EELK_Tartu_Peetri_kogudus_(kirikutahed), lk 155
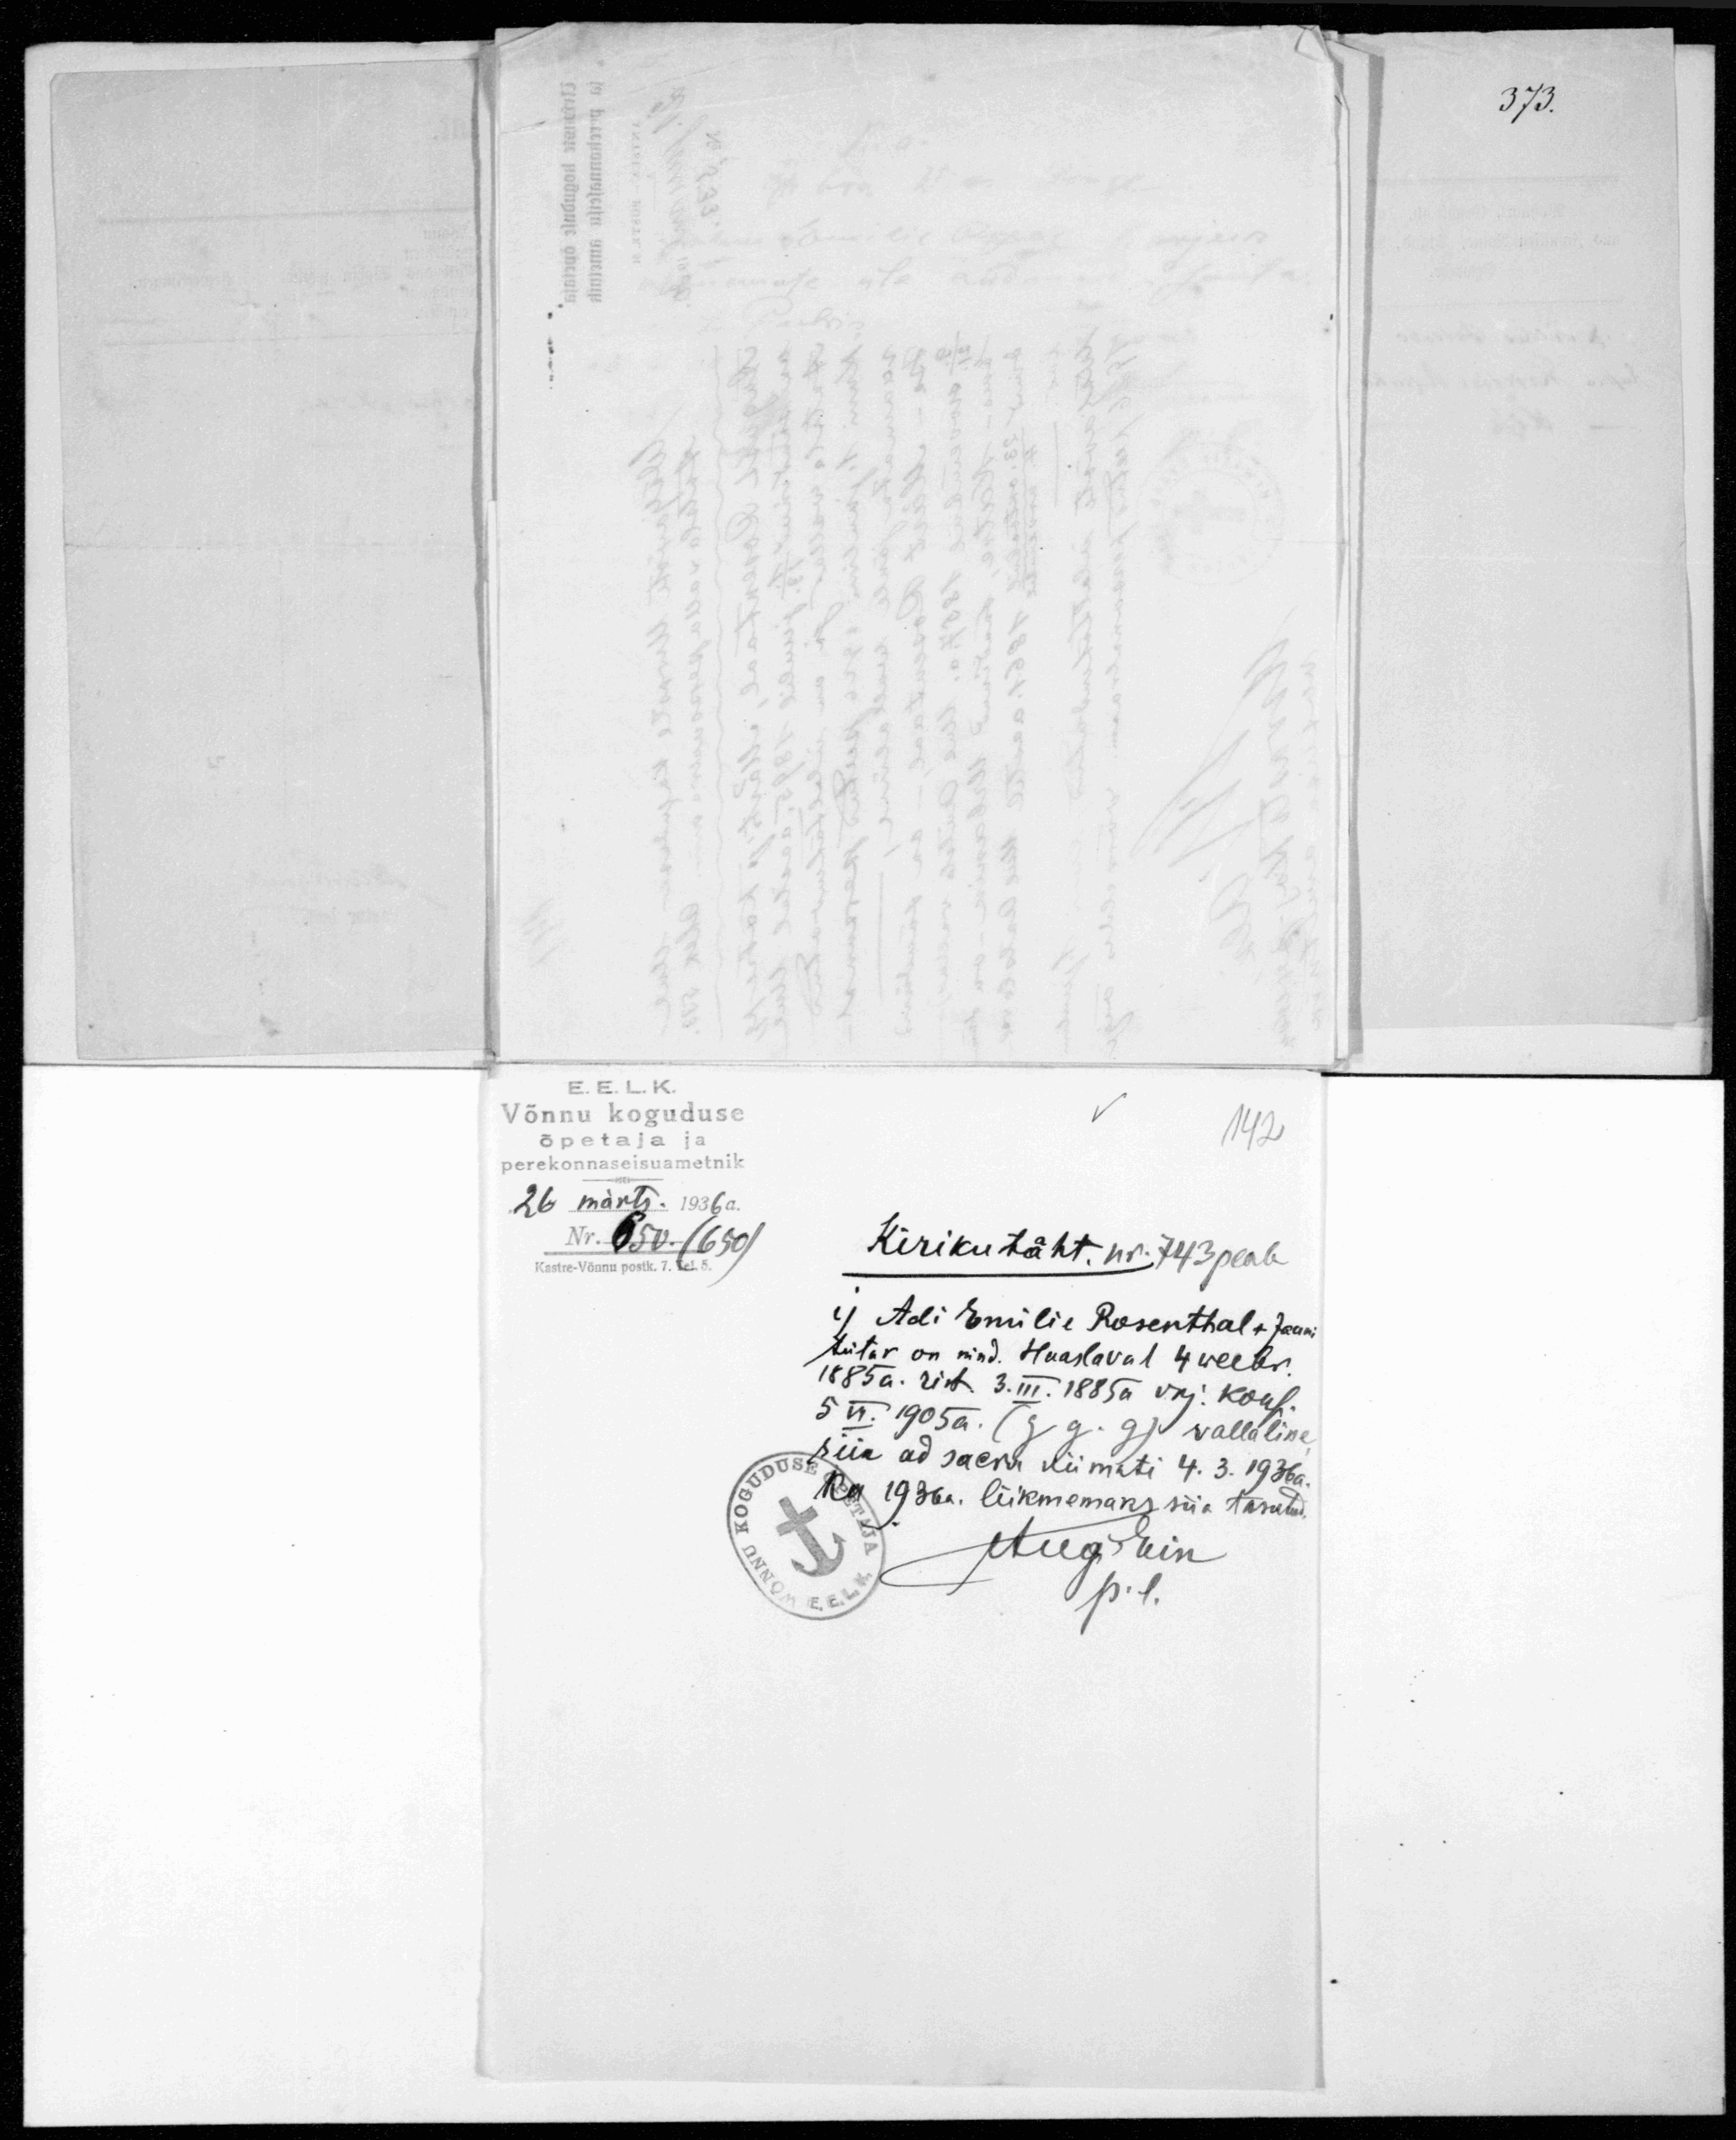
E. E. L. K.
Võnnu koguduse
õpetaja ja
perekonnaseisuametnik
26 märts.1936 a.
Nr.  650. (650)

142
Kirikutäht. Nr 743 peale
1) Adi Emilie Rosenthal + Jaani
tütar on sünd. Haaslaval 4 weebr.
1885a. rist. 3.III.1885 vkj konf.
5 II.1905a.
vallaline
siia
viimati 4.3.1936 a.
Ka 1936a. liikmemaks siis tasutud